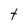
Character: t